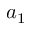
a _ { 1 }